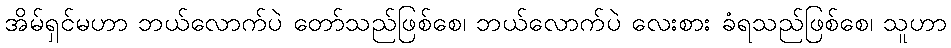
အိမ်ရှင်မဟာ ဘယ်လောက်ပဲ တော်သည်ဖြစ်စေ၊ ဘယ်လောက်ပဲ လေးစား ခံရသည်ဖြစ်စေ၊ သူဟာ